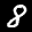
Label: 8